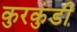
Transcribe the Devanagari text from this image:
कुरकुंडी